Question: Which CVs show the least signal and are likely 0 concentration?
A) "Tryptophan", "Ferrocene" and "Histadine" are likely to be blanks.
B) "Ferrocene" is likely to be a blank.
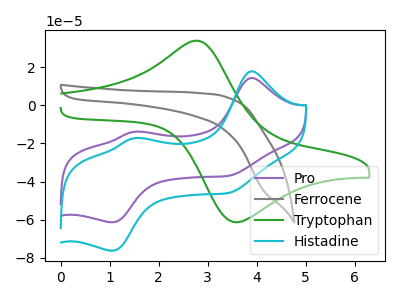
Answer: <think>The purple curve "Pro" has anodic peaks at (3.90V, 14.45uA) (1.50V, -13.80uA) and cathodic peaks at (3.45V, -36.85uA) (1.05V, -61.45uA). The gray curve "Ferrocene" has no peaks. The green curve "Tryptophan" has an anodic peak at (2.80V, 34.05uA) and a cathodic peak at (3.55V, -61.45uA). The cyan curve "Histadine" has anodic peaks at (3.90V, 18.00uA) (1.50V, -17.20uA) and cathodic peaks at (3.45V, -45.80uA) (1.05V, -76.45uA).</think>
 <answer>B) "Ferrocene" is likely to be a blank.</answer>
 <eval>B</eval>